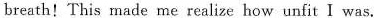
breath!This made me realize how unfit I was.